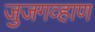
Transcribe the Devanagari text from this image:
जुजगव्हाण